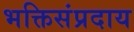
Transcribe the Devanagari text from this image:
भक्तिसंप्रदाय